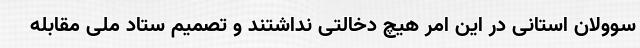
سوولان استانی در این امر هیچ دخالتی نداشتند و تصمیم ستاد ملی مقابله